Eesti_Vabariigi_Tartu_Ulikool, lk 17
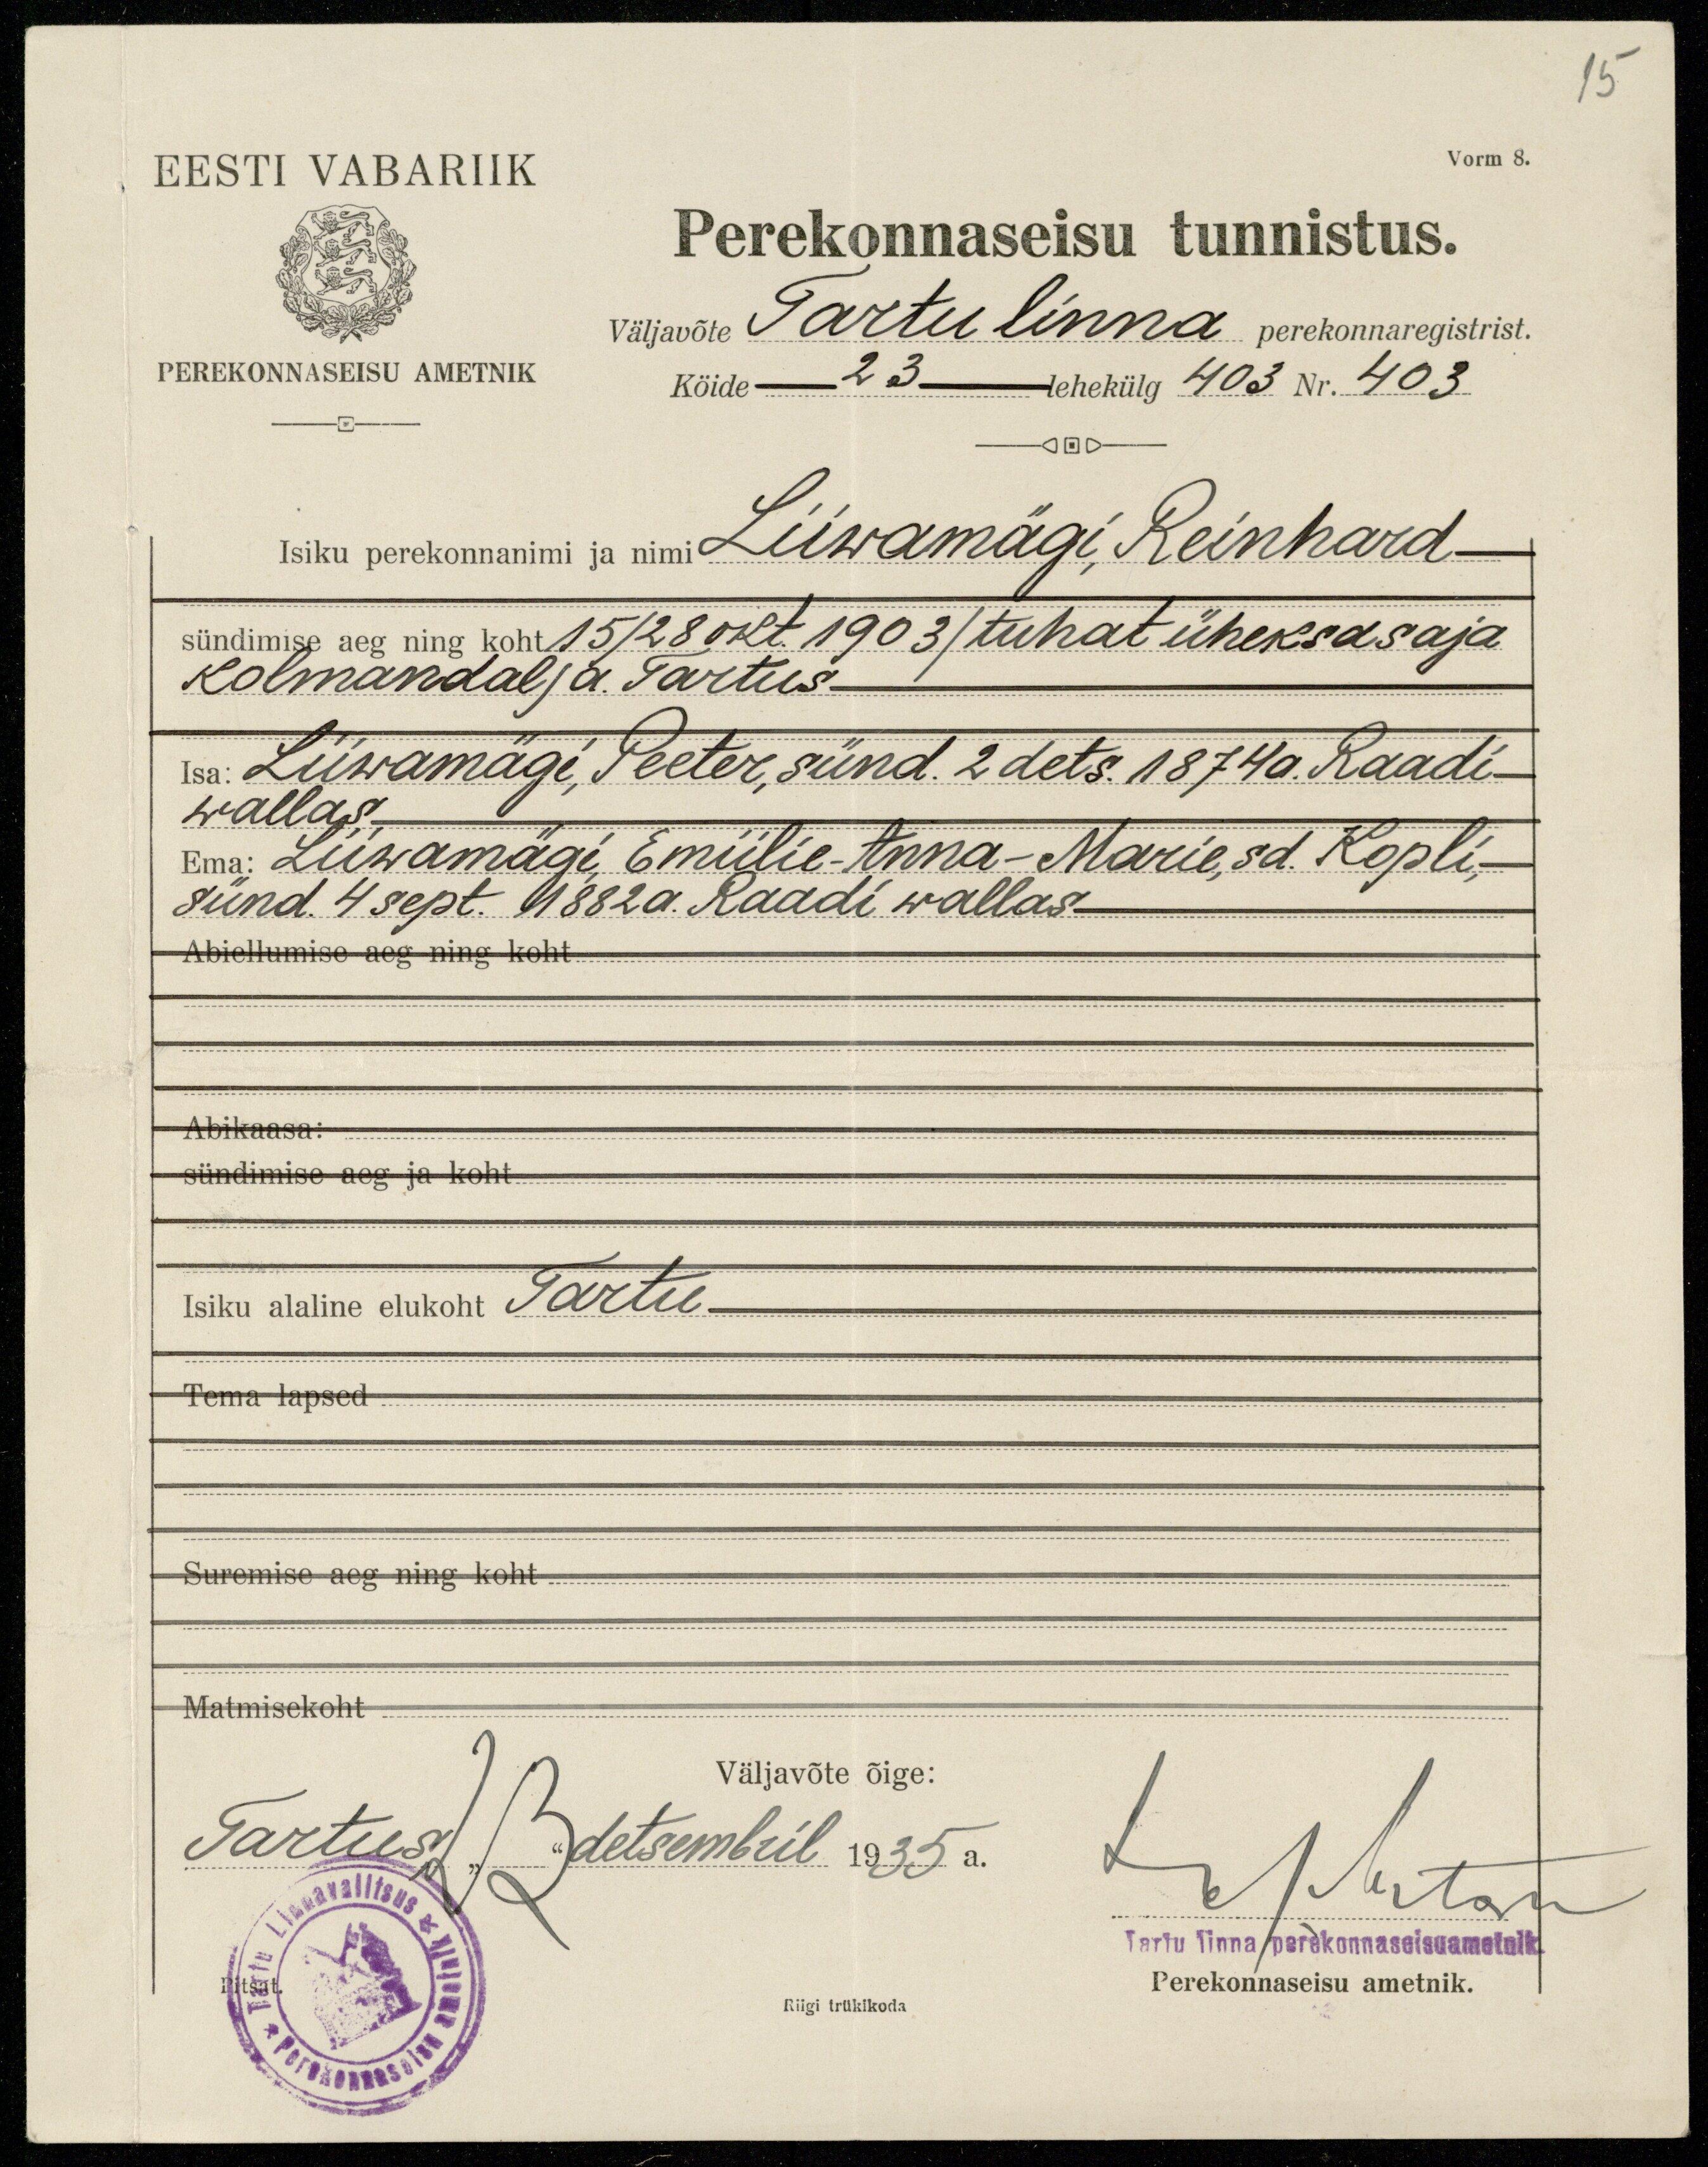
15
EESTI VABARIIK
Vorm 8.
Perekonnaseisu tunnistus.
väljavõte Tartu linna perekonnaregistrist.
PEREKONNASEISU AMETNIK
Kõide 23- lehekülg 403 Nr. 403
Isiku perekonnanimi ja nimi Liiwamägi Reinhard
sündimise aeg ning koht 15/28 okt. 1903/ tuhat üheksasaja
Kolmandal/ a. Tartus
Isa: Liiwamägi, Peeter, sünd. 2 dets. 1874a. Raadi
wallas
Ema: Liiwamägi Emiilie-Anna-Marie, sd. Kopli,
sünd. 4 sept. 1882a. Raadi wallas
Abiellumise aeg ning koht
Abikaasa:
sündimise aeg ja koht
Isiku alaline elukoht Tartu
Tema lapsed
Suremise aeg ning koht
Matmisekoht
Väljavõte õige:
Tartus 23 detsembril 1935 a.
toputas
Tartu linna perekonnaseisuametnik
Riigi trükikoda
Perekonnaseisu ametnik.